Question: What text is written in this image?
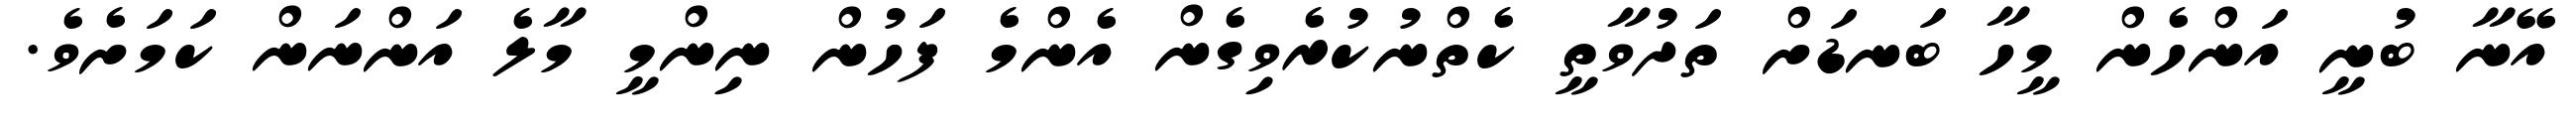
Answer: އޭނާ ބުނީ އަންހެން މީހާ ބަނޑަށް ތަދުވާތީ ކެތްނުކުރެވިގެން އެންމެ ފަހުން ނިންމީ މާލެ އަންނަން ކަމަށެވެ.